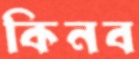
কিনব